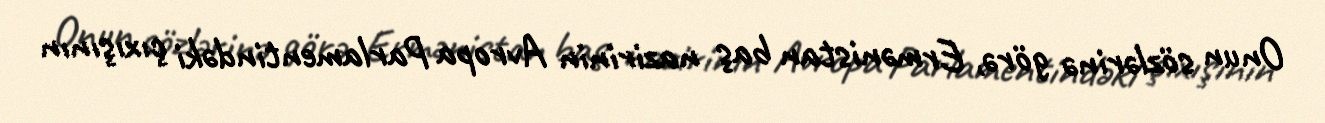
Onun sözlərinə görə, Ermənistan baş nazirinin Avropa Parlamentindəki çıxışının